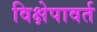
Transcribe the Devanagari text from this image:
विक्षेपावर्त